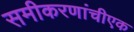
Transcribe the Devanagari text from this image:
समीकरणांचीएक